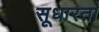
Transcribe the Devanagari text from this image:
सूधारता